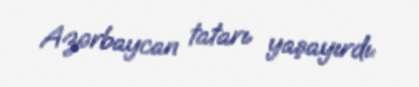
Azərbaycan tatarı yaşayırdı.